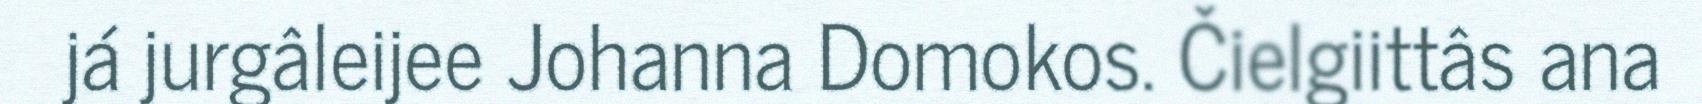
já jurgâleijee Johanna Domokos. Čielgiittâs ana